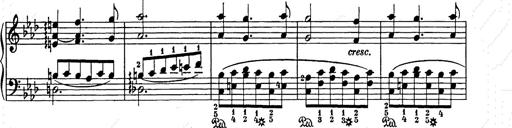
Title: Weihnachtsbaum
Composer: Franz Liszt